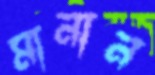
মানান